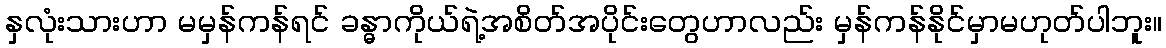
နှလုံးသားဟာ မမှန်ကန်ရင် ခန္ဓာကိုယ်ရဲ့အစိတ်အပိုင်းတွေဟာလည်း မှန်ကန်နိုင်မှာမဟုတ်ပါဘူး။